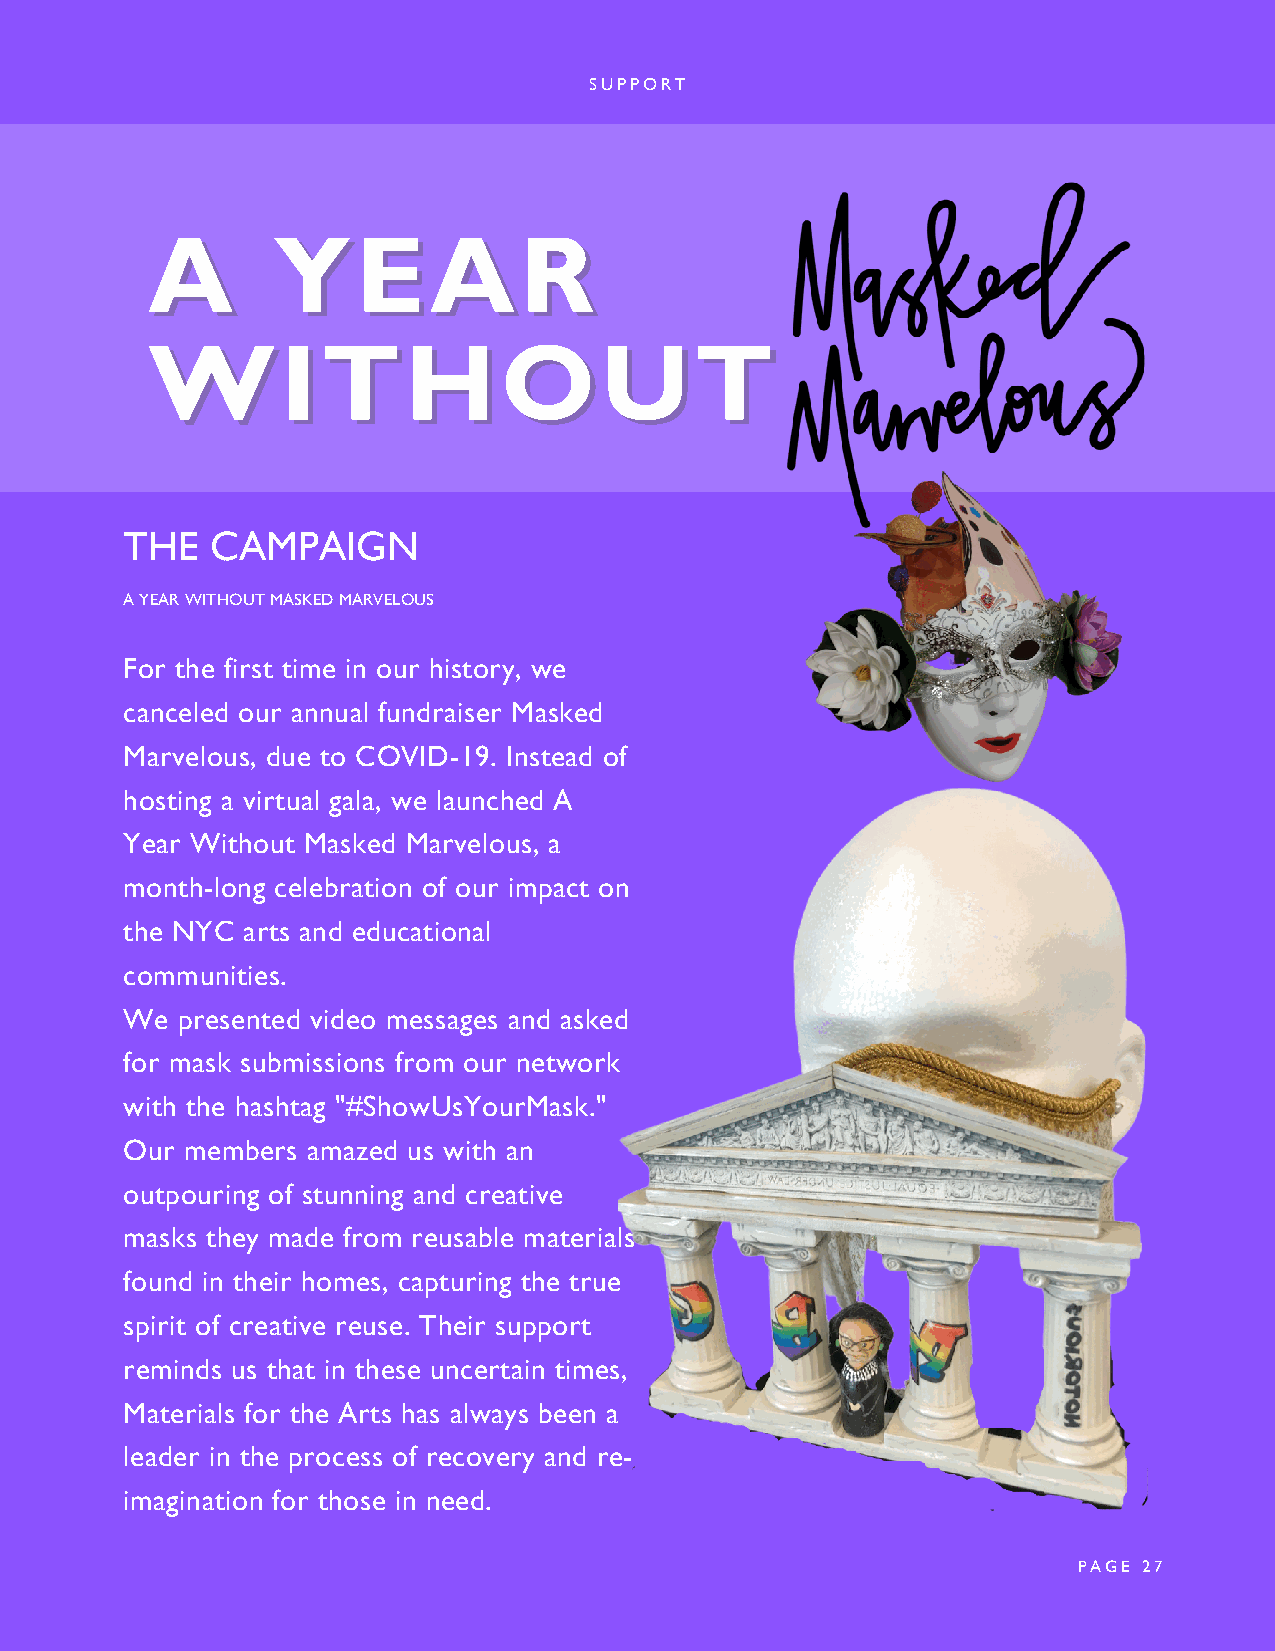
SUPPORT
 AA      YYEEAARR
 WWIITTHHOOUUTT
 THE   CAMPAIGN
 A YEAR WITHOUT MASKED MARVELOUS
 For the first time in our history, we
 canceled our annual fundraiser Masked
 Marvelous, due to COVID-19. Instead of
 hosting a virtual gala, we launched A
 Year Without Masked Marvelous, a
 month-long celebration of our impact on
 the NYC arts and educational
 communities.
 We  presented video messages and asked
 for mask submissions from our network
 with the hashtag "#ShowUsYourMask."
 Our members amazed us with an
 outpouring of stunning and creative
 masks they made from reusable materials
 found in their homes, capturing the true
 spirit of creative reuse. Their support
 reminds us that in these uncertain times,
 Materials for the Arts has always been a
 leader in the process of recovery and re-
 imagination for those in need.
 PAGE 27